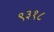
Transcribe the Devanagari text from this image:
९३१८